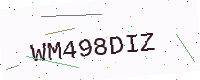
Text: WM498DIZ